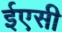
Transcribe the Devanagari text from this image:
ईएसी